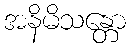
အနိမိသန္တော